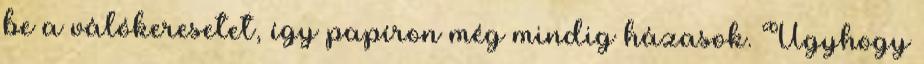
be a válókeresetet, így papíron még mindig házasok. Úgyhogy